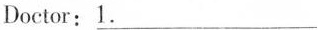
Doctor:\underline{1.}